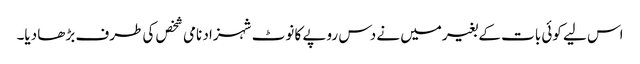
اس لیے کوئی بات کے بغیرمیں نے دس روپے کا نوٹ شہزاد نامی شخص کی طرف بڑھا دیا۔